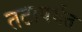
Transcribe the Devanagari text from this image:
तटापर्यंत